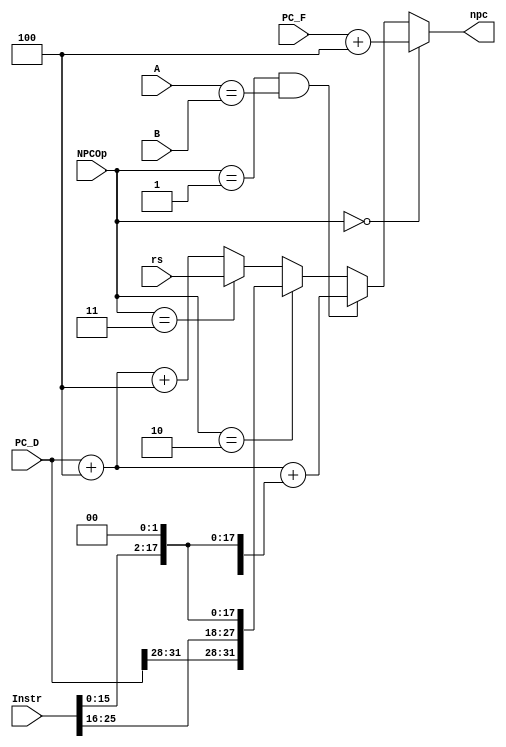
`timescale 1ns / 1ps
//////////////////////////////////////////////////////////////////////////////////
// Company: 
// Engineer: 
// 
// Design Name: 
// Module Name:    nPC 
// Project Name: 
// Target Devices: 
// Tool versions: 
// Description: 
//
// Dependencies: 
//
// Revision: 
// Revision 0.01 - File Created
// Additional Comments: 
//
//////////////////////////////////////////////////////////////////////////////////
module NPC(
    input [25:0] Instr,
	 input [31:0] PC_F,
	 input [31:0] PC_D,
    input [31:0] rs,
	 input [31:0] A,
	 input [31:0] B,
    input [2:0] NPCOp,
    output [31:0] npc
    );

	wire [15:0] offset;
	wire [31:0] PC_F4;
	wire [31:0] PC_D4;
	wire Zero;
	parameter	other = 3'b000,
					beq = 3'b001,
					jal_j = 3'b010,
					jr = 3'b011;
	
	assign offset = Instr[15:0];
	assign Zero = (A == B);
	
	assign PC_F4 = PC_F + 4;
	assign PC_D4 = PC_D + 4;
	
	
	assign npc = (NPCOp == other) 					? PC_F4 :
					 ((NPCOp == beq) & (Zero == 1)) 	? PC_D4 + {{14{offset[15]}},offset,2'b00} :
					 (NPCOp == jal_j) 					? {PC_D[31:28],Instr,2'b00} : 
					 (NPCOp == jr)							? rs :
																  PC_D4 + 4;
																  
endmodule